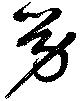
労